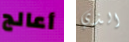
أعالج الذي